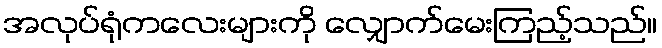
အလုပ်ရုံကလေးများကို လျှောက်မေးကြည့်သည်။